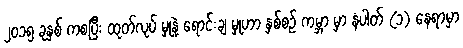
၂၀၁၅ ခုနှစ် ကစပြီး ထုတ်လုပ် မှုနဲ့ ရောင်းချ မှုဟာ နှစ်စဉ် ကမ္ဘာ မှာ နံပါတ် (၁) နေရာမှာ